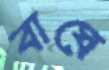
বাঘে